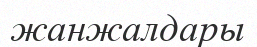
жанжалдары